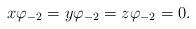
LaTeX: \begin{align*}x\varphi_{-2} = y \varphi_{-2} = z\varphi_{-2} = 0.\end{align*}